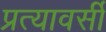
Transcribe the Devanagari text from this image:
प्रत्यावर्सी